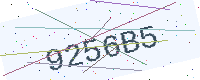
Text: 9256B5